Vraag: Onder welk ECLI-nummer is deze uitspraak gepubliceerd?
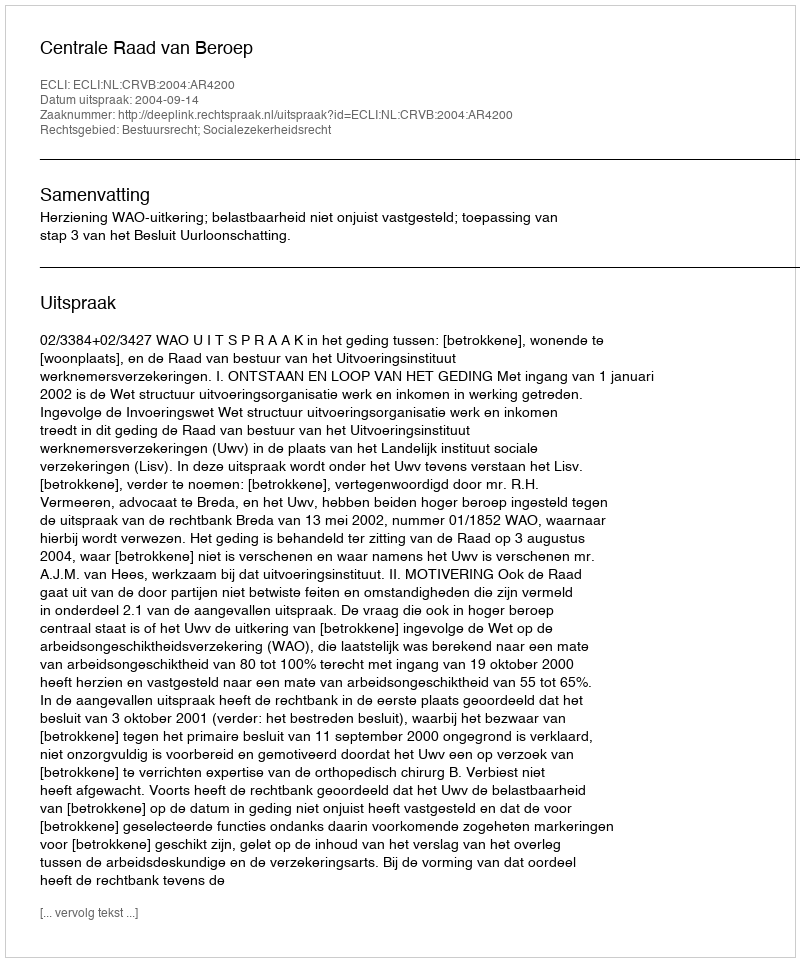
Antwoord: ECLI:NL:CRVB:2004:AR4200